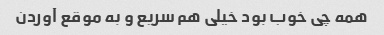
همه چی خوب بود خیلی هم سریع و به موقع آوردن